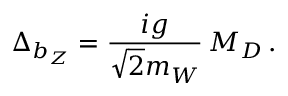
\Delta _ { b _ { Z } } = \frac { i g } { \sqrt { 2 } m _ { W } } \, M _ { D } \, .